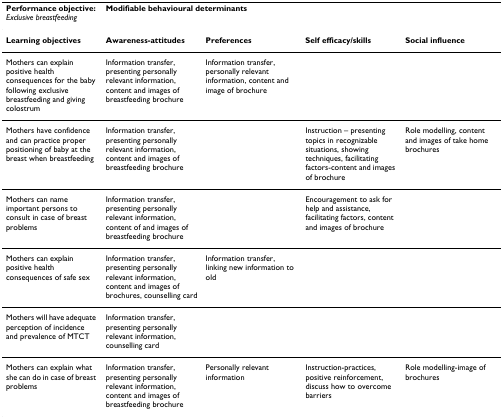
<table><thead><tr><td><b>Performance objective: <i>Exclusive breastfeeding</i></b></td><td colspan="4"><b>Modifiable behavioural determinants</b></td></tr></thead><tbody><tr><td><b>Learning objectives</b></td><td><b>Awareness-attitudes</b></td><td><b>Preferences</b></td><td><b>Self efficacy/skills</b></td><td><b>Social influence</b></td></tr><tr><td>Mothers can explain positive health consequences for the baby following exclusive breastfeeding and giving colostrum</td><td>Information transfer, presenting personally relevant information, content and images of breastfeeding brochure</td><td>Information transfer, personally relevant information, content and image of brochure</td><td></td><td></td></tr><tr><td>Mothers have confidence and can practice proper positioning of baby at the breast when breastfeeding</td><td>Information transfer, presenting personally relevant information, content and images of breastfeeding brochure</td><td></td><td>Instruction – presenting topics in recognizable situations, showing techniques, facilitating factors-content and images of brochure</td><td>Role modelling, content and images of take home brochures</td></tr><tr><td>Mothers can name important persons to consult in case of breast problems</td><td>Information transfer, presenting personally relevant information, content of and images of breastfeeding brochure</td><td></td><td>Encouragement to ask for help and assistance, facilitating factors, content and images of brochure</td><td></td></tr><tr><td>Mothers can explain positive health consequences of safe sex</td><td>Information transfer, presenting personally relevant information, content and images of brochures, counselling card</td><td>Information transfer, linking new information to old</td><td></td><td></td></tr><tr><td>Mothers will have adequate perception of incidence and prevalence of MTCT</td><td>Information transfer, presenting personally relevant information, counselling card</td><td></td><td></td><td></td></tr><tr><td>Mothers can explain what she can do in case of breast problems</td><td>Information transfer, presenting personally relevant information, content and images of breastfeeding brochure</td><td>Personally relevant information</td><td>Instruction-practices, positive reinforcement, discuss how to overcome barriers</td><td>Role modelling-image of brochures</td></tr></tbody></table>